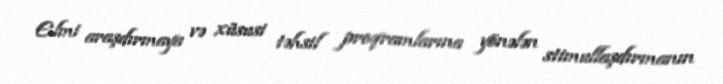
Elmi araşdırmaya və xüsusi təhsil proqramlarına yönələn stimullaşdırmanın